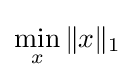
\min \limits _{x}\|x\|_{1}